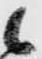
候